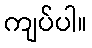
ကျပ်ပါ။